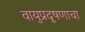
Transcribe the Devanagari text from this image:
वायुप्रदूषणाचा